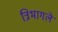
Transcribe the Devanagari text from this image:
त्रिभागले